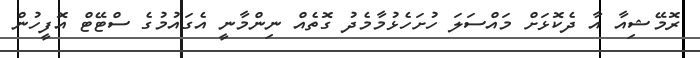
ރޮމޭޝިއާ އާ ދެކޮޅަށް މައްސަލަ ހުށަހެޅުމާމެދު ގޮތެއް ނިންމާނީ އެގައުމުގެ ސްޓޭޓް އޮފީހުން